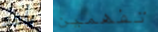
يأخد تفهمين